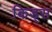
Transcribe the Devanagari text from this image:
किड्‍स